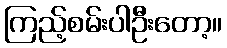
ကြည့်စမ်းပါဦးတော့။